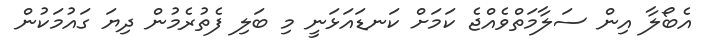
އެބޯލާ އިން ސަލާމަތްވެއްޖެ ކަމަށް ކަނޑައަޅަނީ މި ބަލި ފެތުރެމުން ދިޔަ ގައުމަކުން